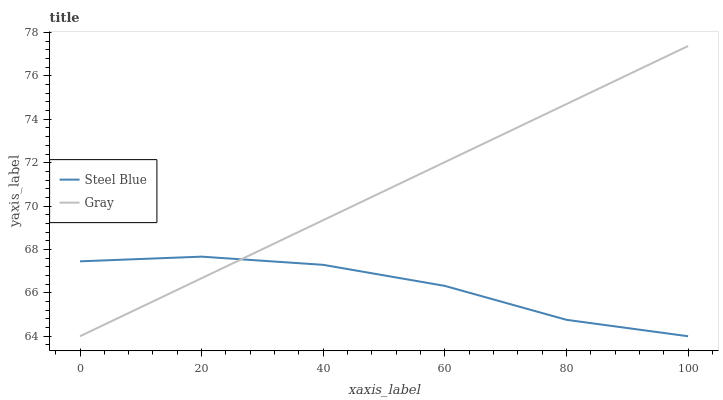
| xaxis_label | Steel Blue | Gray |
 | --- | --- | --- |
 | 0 | 67.5 | 64 |
 | 20 | 67.7 | 66.7 |
 | 40 | 67.3 | 69.4 |
 | 60 | 66.3 | 72 |
 | 80 | 64.8 | 74.7 |
 | 100 | 64 | 77.4 |